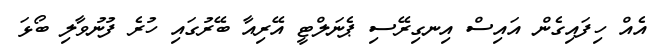
އެއް ހިފައިގެން އައިސް އިނގިރޭސި ޕެނަލްޓީ އޭރިއާ ބޭރުގައި ހުރެ ފުނުވާލި ބޯޅަ